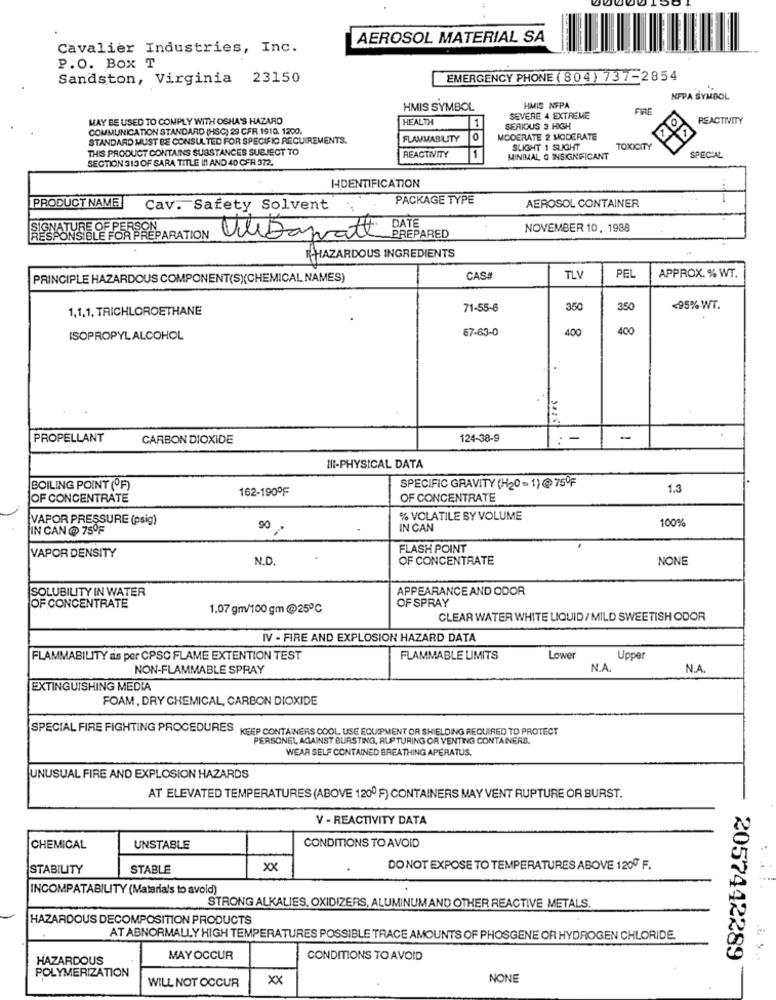
AEROSOL MATERIAL SA
Cavalier Industries, Inc.
P.O. BOX T
Sandston, Virginia 23150
EMERGENCY PHONE ( 804) 737-2854
NFPA SYMBOL
HMIS SYMBOL
HMIS NFPA
FIRE
MAY BE USED TO COMPLY WITH OSHA'S HAZARD
HEALTH
1
SEVERE 4 EXTREME
REACTIVITY
COMMUNICATION STANDARD (HSC) 29 CFR 1910, 1200.
SERIOUS 3 HIGH
<1
STANDARD MUST BE CONSULTED FOR SPECIFIC REQUIREMENTS.
FLAMMABILITY
0
MODERATE 2 MODERATE
THIS PRODUCT CONTAINS SUBSTANCES SUBJECT TO
SLIGHT 1 SUGHT
TOXICITY
SECTION 313 OF SARA TITLE I !! AND 40 CFR 372.
REACTIVITY
1
MINIMAL O INSIGNIFICANT
SPECIAL
IDENTIFICATION
PACKAGE TYPE
AEROSOL CONTAINER
PRODUCT NAME
Cav. Safety Solvent
NOVEMBER 10, 1988
PONSIBLE FOR PRE
PREPARATION
ViDanatt DATE
PREPARED
HAZARDOUS INGREDIENTS
PRINCIPLE HAZARDOUS COMPONENT(S)(CHEMICAL NAMES)
CASS
TLV
PEL
APPROX. % WT.
1,1,1, TRICHLOROETHANE
71-55-6
350
350
<95% WT.
67-63-0
400
400
ISOPROPYL ALCOHOL
PROPELLANT
CARBON DIOXIDE
124-38-9
--
-
III-PHYSICAL DATA
BOILING POINT (OF)
162-190ºF
SPECIFIC GRAVITY (H20=1)@75ºF
1.3
OF CONCENTRATE
OF CONCENTRATE
VAPOR PRESSURE (psig)
% VOLATILE BY VOLUME
100%
IN CAN @ 75OF
90
IN CAN
FLASH POINT
VAPOR DENSITY
N.D.
OF CONCENTRATE
NONE
SOLUBILITY IN WATER
APPEARANCE AND ODOR
OF SPRAY
OF CONCENTRATE
1.07 gm/100 gm @25℃
CLEAR WATER WHITE LIQUID / MILD SWEETISH ODOR
IV - FIRE AND EXPLOSION HAZARD DATA
FLAMMABILITY as per CPSC FLAME EXTENTION TEST
FLAMMABLE LIMITS
Lower
Upper
NON-FLAMMABLE SPRAY
N.A.
N.A
EXTINGUISHING MEDIA
FOAM, DRY CHEMICAL, CARBON DIOXIDE
SPECIAL FIRE FIGHTING PROCEDURES KEEP CONTAINERS COOL USE EQUIPMENT OR SHIELDING REQUIRED TO PROTECT
PERSONEL AGAINST BURSTING, RUP TURING OR VENTING CONTAINERS.
WEAR SELF CONTAINED BREATHING APERATUS.
UNUSUAL FIRE AND EXPLOSION HAZARDS
AT ELEVATED TEMPERATURES (ABOVE 1200 F) CONTAINERS MAY VENT RUPTURE OR BURST.
V - REACTIVITY DATA
CHEMICAL
UNSTABLE
CONDITIONS TO AVOID
STABILITY
STABLE
xx
DO NOT EXPOSE TO TEMPERATURES ABOVE 1200 F.
INCOMPATABILITY (Materials to avoid)
STRONG ALKALIES, OXIDIZERS, ALUMINUM AND OTHER REACTIVE METALS.
HAZARDOUS DECOMPOSITION PRODUCTS
AT ABNORMALLY HIGH TEMPERATURES POSSIBLE TRACE AMOUNTS OF PHOSGENE OR HYDROGEN CHLORIDE.
2057442289
HAZARDOUS
MAY OCCUR
CONDITIONS TO AVOID
.. ...
POLYMERIZATION
xx
NONE
WILL NOT OCCUR